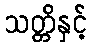
သတ္တိနှင့်